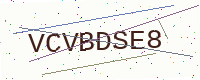
Text: VCVBDSE8